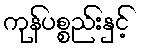
ကုန်ပစ္စည်းနှင့်